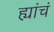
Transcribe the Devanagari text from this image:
ह्यांचं